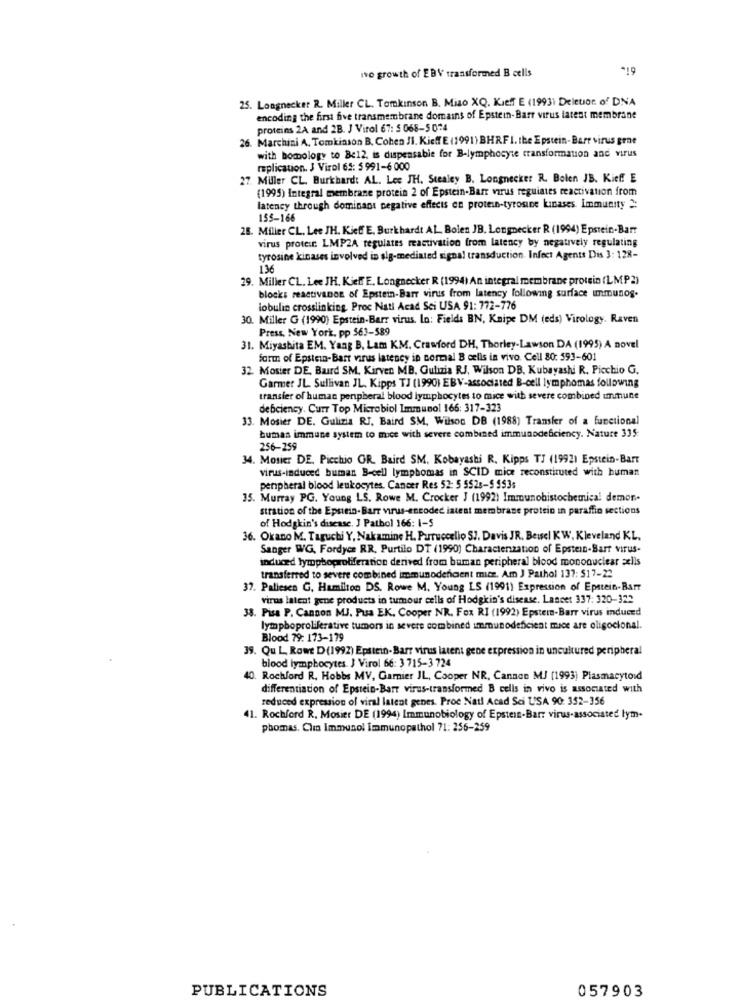
Ive growth of EBV transformed B cells
*19
25. Longnecker R. Miller CL. Tomkinson B. Miao XQ. Kieff E (19931 Deleuor. of DNA
encoding the first five transmembrane domains of Epstein-Barr virus latest membrane
proteins 2A and 2B. J Virol 67: 5 068-5 074
26. Marchini A. Tomkinson B. Cohen JI. Kieff E (1991) BHRF I. the Epstein-Barr virus grne
with bomology to Be12, is dispensable for B-lymphocyte transformation and virus
replication. J Virol 65: 5 991-6 000
27. Miller CL. Burkhardt AL. Lee JH. Stealey B. Longnecker R. Bolen JB. Kief! E
(1995) Integral membrane protein 2 of Epstein-Barr virus reguiates reactivation from
latency through dominant negative effects on protein-tyrosine kinases. Immunity ":
155-166
28. Miller CL, Lee JH. Kieff E, Burkhardt AL_ Bolen JB, Longnecker R (1994) Epstein-Barr
virus protest LMP2A regulates reactivation from latency by negatively regulating
tyrosine kinases involved in sig-mediated signal transduction. Infect Agents Dis 3: 128-
136
29. Miller CL. Lee JH. Kieff E, Longnecker R (1994) An integral membrane protein (LMP2)
blocks reactivanon of Epstein-Barr virus from latency following surface immunog.
lobulin crosslinking Proc Natl Acad Sci USA 91: 772-776
30. Miller G (1990) Epstein-Barr virus. In: Fields BN, Knipe DM (eds) Virology. Raven
Press, New York, pp $63-589
31. Miyashita EM. Yang B. Lam KM. Crawford DH, Thorley-Lawson DA (1995) A novel
form of Epstein-Barr virus latency in normal B celis in vivo. Cell 80: 593-601
32. Mosier DE. Baird SM. Kirven MB. Gulizia RJ, Wilson DB, Kubayashi R. Picchio G.
Garmer JL. Sullivan JL. Kipps TJ (1990) EBV-associated B-cell lymphomas following
transier of human penpheral blood lymphocytes to mice with severe combined umune
debciency. Curr Top Microbiol Immunol 166: 317-323
33. Mosier DE. Gulizia RJ. Baird SM, Wilson DB (1988) Transfer of a functional
buman immune system to moce with severe combined immunodeficiency. Nature 335:
256-259
34. Mosier DE, Picchio OR. Baird SM. Kobayashi R. Kipps TJ (1992) Epstein-Barr
virus-induced human B-cell lymphomas in SCID mice reconstituted with human
peripheral blood leukocytes. Cancer Res 52: 5 552s-$ $$3s
35. Murray PG. Young LS. Rowe M. Crocker J (1992) Immunohistochemical demon-
stration of the Epstein-Barr virus-encoded latest membrane protein in paraffin sections
of Hodgkin's disease. J Pathol 166: 1-S
36. Okano M. Taguchi Y, Nakamine H. Purruccelio 57. Davis JR. Bessel KW, Kleveland KL.
Sanger WG. Fordyce RR, Purtilo DT (1990) Charactenzation of Epstein-Barr virus.
induced lymphoproliferation derived from buman peripheral blood mononuclear alis
transferred to severe combined immunodencent mice. Am J Pathol 137: 517-22
37. Paliesen G. Hamilton DS. Rowe M. Young LS (1991) Expression of Epstein-Barr
virus latent gene products in tumour cells of Hodgkin's disease. Lancet 337: 320-322
38. Pisa P. Cannon MJ. Pua EK. Cooper NR. Fox RI (1992) Epstein-Barr virus induced
lymphoproliferative tumors in severe combined immunodeficient mace are oligocional.
Blood 79: 173-179
39. Qu L, Rowe D(1992) Epstein-Barr virus latent gene expression in uncultured peripheral
blood lymphocytes. J Virol 66: 3 715-3 724
10. Rochford R. Hobbs MV, Garnier IL, Cooper NR. Cannon MJ (1993) Plasmacytord
differentiation of Epstein-Barr virus-transformed B cells in vivo is associated with
reduced expression of viral latent genes. Proc Natl Acad Sci USA 90: 352-356
41. Rochford R. Mosier DE (1994) Immunobiology of Epstein-Barr virus-associated lym-
phomas. Clin Immunol immunopathol 71: 256-259
PUBLICATIONS
057903